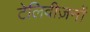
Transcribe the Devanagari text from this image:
टेलिवीज़नों